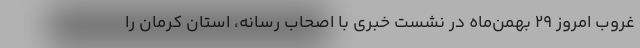
غروب امروز 29 بهمن‌ماه در نشست خبری با اصحاب رسانه، استان کرمان را